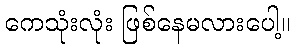
ကေသုံးလုံး ဖြစ်နေမလားပေါ့။